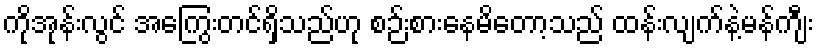
ကိုအုန်းလွင် အကြွေးတင်ရှိသည်ဟု စဉ်းစားနေမိတော့သည် ထန်းလျက်နဲ့မန်ကျီး